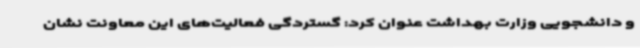
و دانشجویی وزارت بهداشت عنوان کرد: گستردگی فعالیت‌های این معاونت نشان